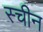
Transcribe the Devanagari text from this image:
स्चीन